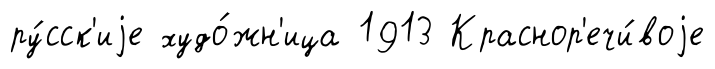
ру́сск'иjе худо́жн'ица 1913 Краснор'ечи́воjе